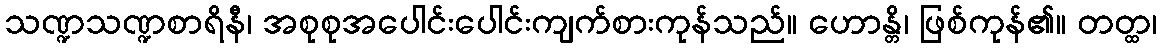
သဏ္ဍသဏ္ဍစာရိနီ၊ အစုစုအပေါင်းပေါင်းကျက်စားကုန်သည်။ ဟောန္တိ၊ ဖြစ်ကုန်၏။ တတ္ထ၊